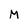
Character: M